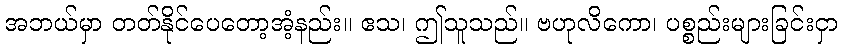
အဘယ်မှာ တတ်နိုင်ပေတော့အံ့နည်း။ ဧသ၊ ဤသူသည်။ ဗဟုလိကော၊ ပစ္စည်းများခြင်းငှာ